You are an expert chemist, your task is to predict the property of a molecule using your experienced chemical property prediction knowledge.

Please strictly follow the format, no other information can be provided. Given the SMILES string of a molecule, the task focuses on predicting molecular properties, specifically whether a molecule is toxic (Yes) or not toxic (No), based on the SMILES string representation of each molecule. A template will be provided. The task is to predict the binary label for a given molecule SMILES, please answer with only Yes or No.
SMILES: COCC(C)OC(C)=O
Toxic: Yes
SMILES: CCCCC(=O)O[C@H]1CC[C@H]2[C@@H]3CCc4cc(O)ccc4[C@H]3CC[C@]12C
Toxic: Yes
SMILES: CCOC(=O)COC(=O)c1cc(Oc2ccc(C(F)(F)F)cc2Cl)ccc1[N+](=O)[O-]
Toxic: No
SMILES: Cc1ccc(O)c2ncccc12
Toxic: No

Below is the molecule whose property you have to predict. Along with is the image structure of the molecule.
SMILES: CC(=C(CCOP(=O)(O)O)SC(=O)c1ccccc1)N(C=O)Cc1cnc(C)nc1N
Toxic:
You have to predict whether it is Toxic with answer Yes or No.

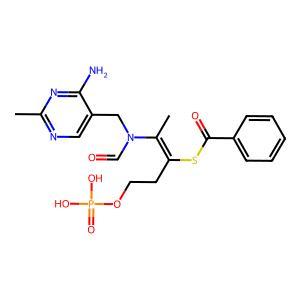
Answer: No